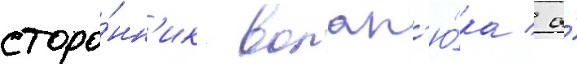
сторо́нн'ик волап'ю́ка / а́